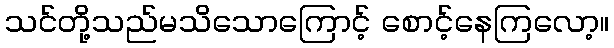
သင်တို့သည်မသိသောကြောင့် စောင့်နေကြလော့။